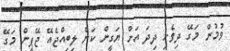
ވުމުން މަގޭ ދިވެހި ދިދަ އަށް ޔަގީން ކަން ލިބިއްޖެއޭ ޖޭޕީން މަގޭ